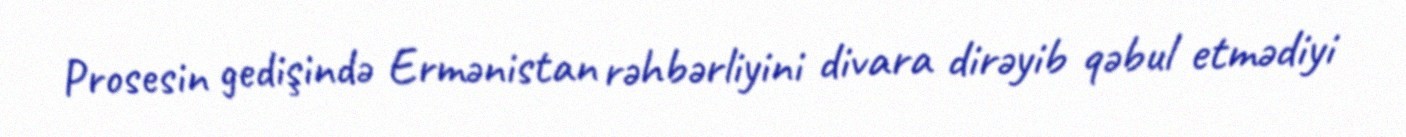
Prosesin gedişində Ermənistan rəhbərliyini divara dirəyib qəbul etmədiyi